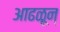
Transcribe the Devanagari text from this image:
आढळून्